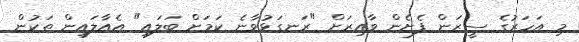
މި އަހަރުގެ ސީޒަން ފެށެން ވާއިރަށް "ރަނގަޅުވާނެ ކަމަށް ބަލައި" އެއާލައިން ތަކުން